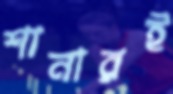
শানারই